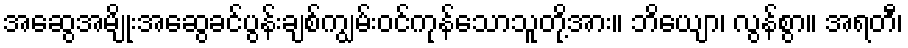
အဆွေအမျိုးအဆွေခင်ပွန်းချစ်ကျွမ်းဝင်ကုန်သောသူတို့အား။ ဘိယျော၊ လွန်စွာ။ အရတီ၊